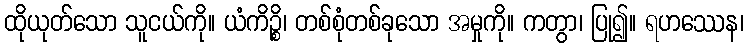
ထိုယုတ်သော သူငယ်ကို။ ယံကိဉ္စိ၊ တစ်စုံတစ်ခုသော အမှုကို။ ကတွာ၊ ပြု၍။ ရဟဿေန၊